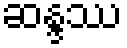
ဆန္ဒဿ